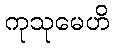
ကုသုမေဟိ